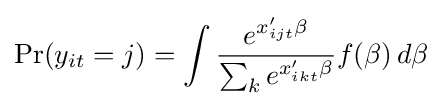
\Pr(y_{it}=j)=\int {\frac {e^{x_{ijt}'\beta }}{\sum _{k}e^{x_{ikt}'\beta }}}f(\beta )\,d\beta